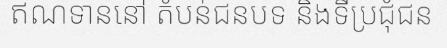
ឥណទាននៅ តំបន់ជនបទ និងទីប្រជុំជន